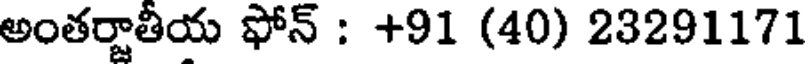
అంతర్జాతీయ ఫోన్ : +91 (40) 23291171